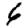
Digit: 6